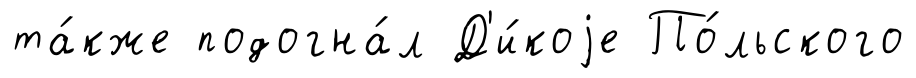
та́кже подогна́л Д'и́коjе По́льского